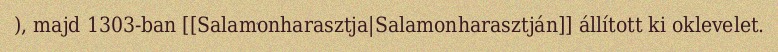
), majd 1303-ban [[Salamonharasztja|Salamonharasztján]] állított ki oklevelet.